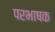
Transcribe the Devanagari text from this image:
परभाषक